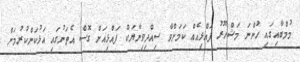
މުމްބާއިގައި ހުންނަ މަޝްހޫރު ފައްޅިއެއް ކަމަށްވާ ސިއްދިވިނާޔަކް ފައްޅިއަށް ގޮސް އެތަނުގައި އަޅުކަންކުރުމަށް